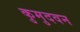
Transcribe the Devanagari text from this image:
कुमुदवन